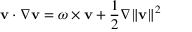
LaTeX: { \bf { v } } \cdot \nabla { \bf { v } } = \omega \times { \bf { v } } + { \frac { 1 } { 2 } } \nabla \| { \bf { v } } \| ^ { 2 }